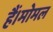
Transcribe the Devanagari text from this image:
हैं।मोमल